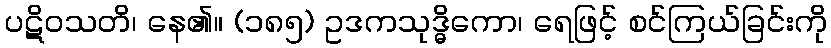
ပဋိဝသတိ၊ နေ၏။ (၁၈၅) ဥဒကသုဒ္ဓိကော၊ ရေဖြင့် စင်ကြယ်ခြင်းကို